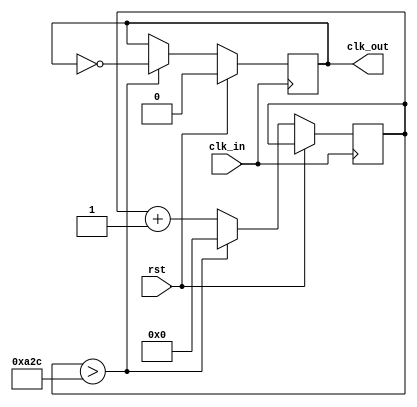
module baud_9600_generator(clk_in, rst, clk_out);

	input clk_in;
	input rst;
	
	output reg clk_out;
	
	reg [11:0] counter;
	
	always @ (posedge clk_in) begin
		if (rst) begin
			clk_out <= 1'b0;
		end else begin
			if (counter > 12'd2604) begin
				clk_out <= ~clk_out;
				counter <= 12'd0;
			end else begin
				counter <= counter + 12'd1;
			end
		end
	end
	
endmodule